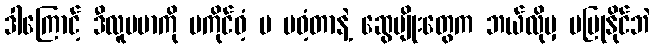
ဒါကြောင့် ဒီလူမမာကို မကိုင်ဝံ့ မ မဝံ့တာနဲ့ ဆွေမျိုးတွေက ဘယ်လိုမှ မပြုနိုင်ဘဲ